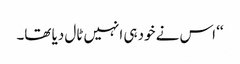
‘‘ اس نے خود ہی انہیں ٹال دیا تھا۔